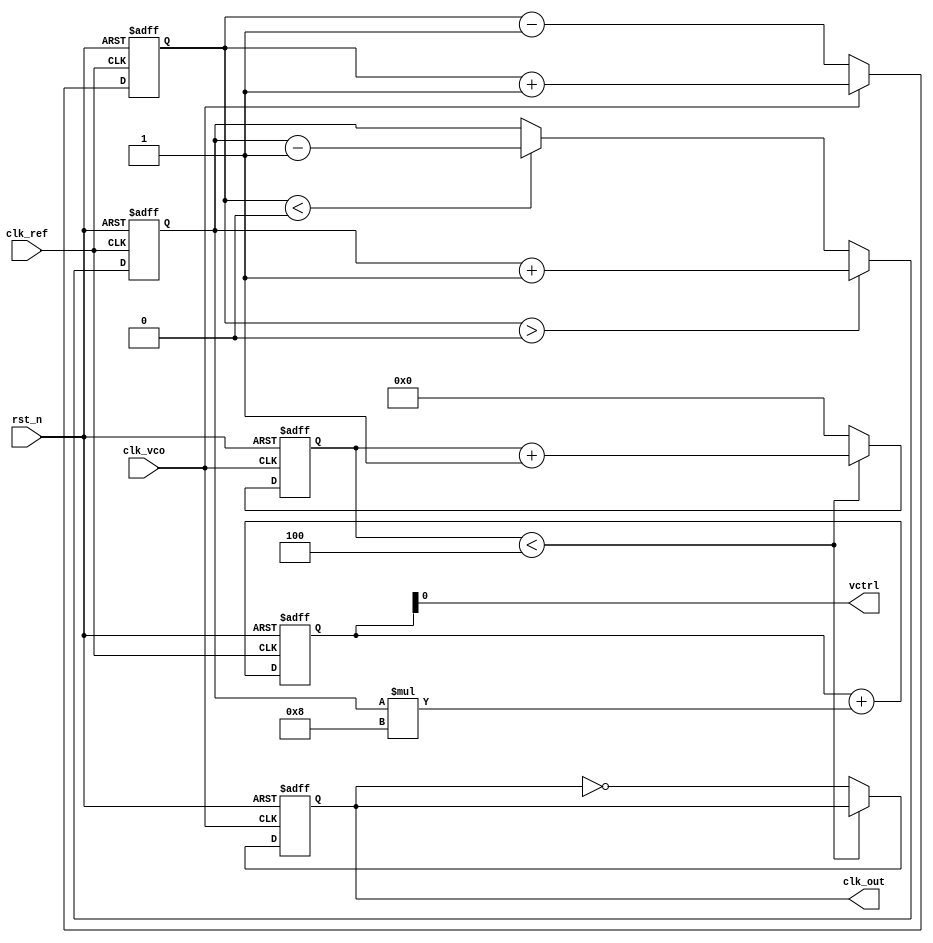
module frac_n_pll (
    input wire clk_ref,          // Reference clock input
    input wire rst_n,            // Active low reset
    input wire clk_vco,          // VCO clock output
    output wire clk_out,         // Output clock
    output wire vctrl            // Control voltage output
);

// Parameters for the PLL
parameter N = 4;                // Integer division factor
parameter M = 3;                // Fractional division factor (M = 3 means 1/3)
parameter LOOP_FILTER_GAIN = 8; // Gain for the loop filter

// Internal signals
reg [3:0] phase_error;          // Phase error from PFD
reg [7:0] charge_pump_output;   // Charge pump output
reg [15:0] vco_frequency;        // VCO frequency control
reg [15:0] loop_filter_output;   // Output of the loop filter
reg [15:0] divider_count;        // Divider count for feedback
reg clk_div;                    // Divided clock output

// Phase Frequency Detector (PFD)
always @(posedge clk_ref or negedge rst_n) begin
    if (!rst_n) begin
        phase_error <= 0;
    end else begin
        // Simple phase detection logic
        if (clk_vco) begin
            phase_error <= phase_error + 1; // VCO is leading
        end else begin
            phase_error <= phase_error - 1; // VCO is lagging
        end
    end
end

// Charge Pump
always @(posedge clk_ref or negedge rst_n) begin
    if (!rst_n) begin
        charge_pump_output <= 0;
    end else begin
        // Charge pump logic based on phase error
        if (phase_error > 0) begin
            charge_pump_output <= charge_pump_output + 1; // Pump up
        end else if (phase_error < 0) begin
            charge_pump_output <= charge_pump_output - 1; // Pump down
        end
    end
end

// Loop Filter (Simple Integrator)
always @(posedge clk_ref or negedge rst_n) begin
    if (!rst_n) begin
        loop_filter_output <= 0;
    end else begin
        loop_filter_output <= loop_filter_output + (charge_pump_output * LOOP_FILTER_GAIN);
    end
end

// Voltage-Controlled Oscillator (VCO)
always @(posedge clk_ref or negedge rst_n) begin
    if (!rst_n) begin
        vco_frequency <= 0;
    end else begin
        vco_frequency <= loop_filter_output; // Control frequency based on loop filter output
    end
end

// Frequency Divider
always @(posedge clk_vco or negedge rst_n) begin
    if (!rst_n) begin
        divider_count <= 0;
        clk_div <= 0;
    end else begin
        if (divider_count < N) begin
            divider_count <= divider_count + 1;
        end else begin
            divider_count <= 0;
            clk_div <= ~clk_div; // Toggle divided clock
        end
    end
end

// Output clock generation
assign clk_out = clk_div;

// Control voltage output
assign vctrl = loop_filter_output;

endmodule